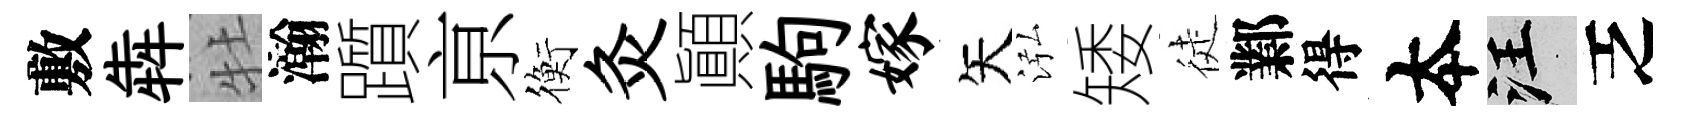
敷犇牡瀚躓亰衡灸顚駒嫁矢泓矮徒鄴得夲汪乏